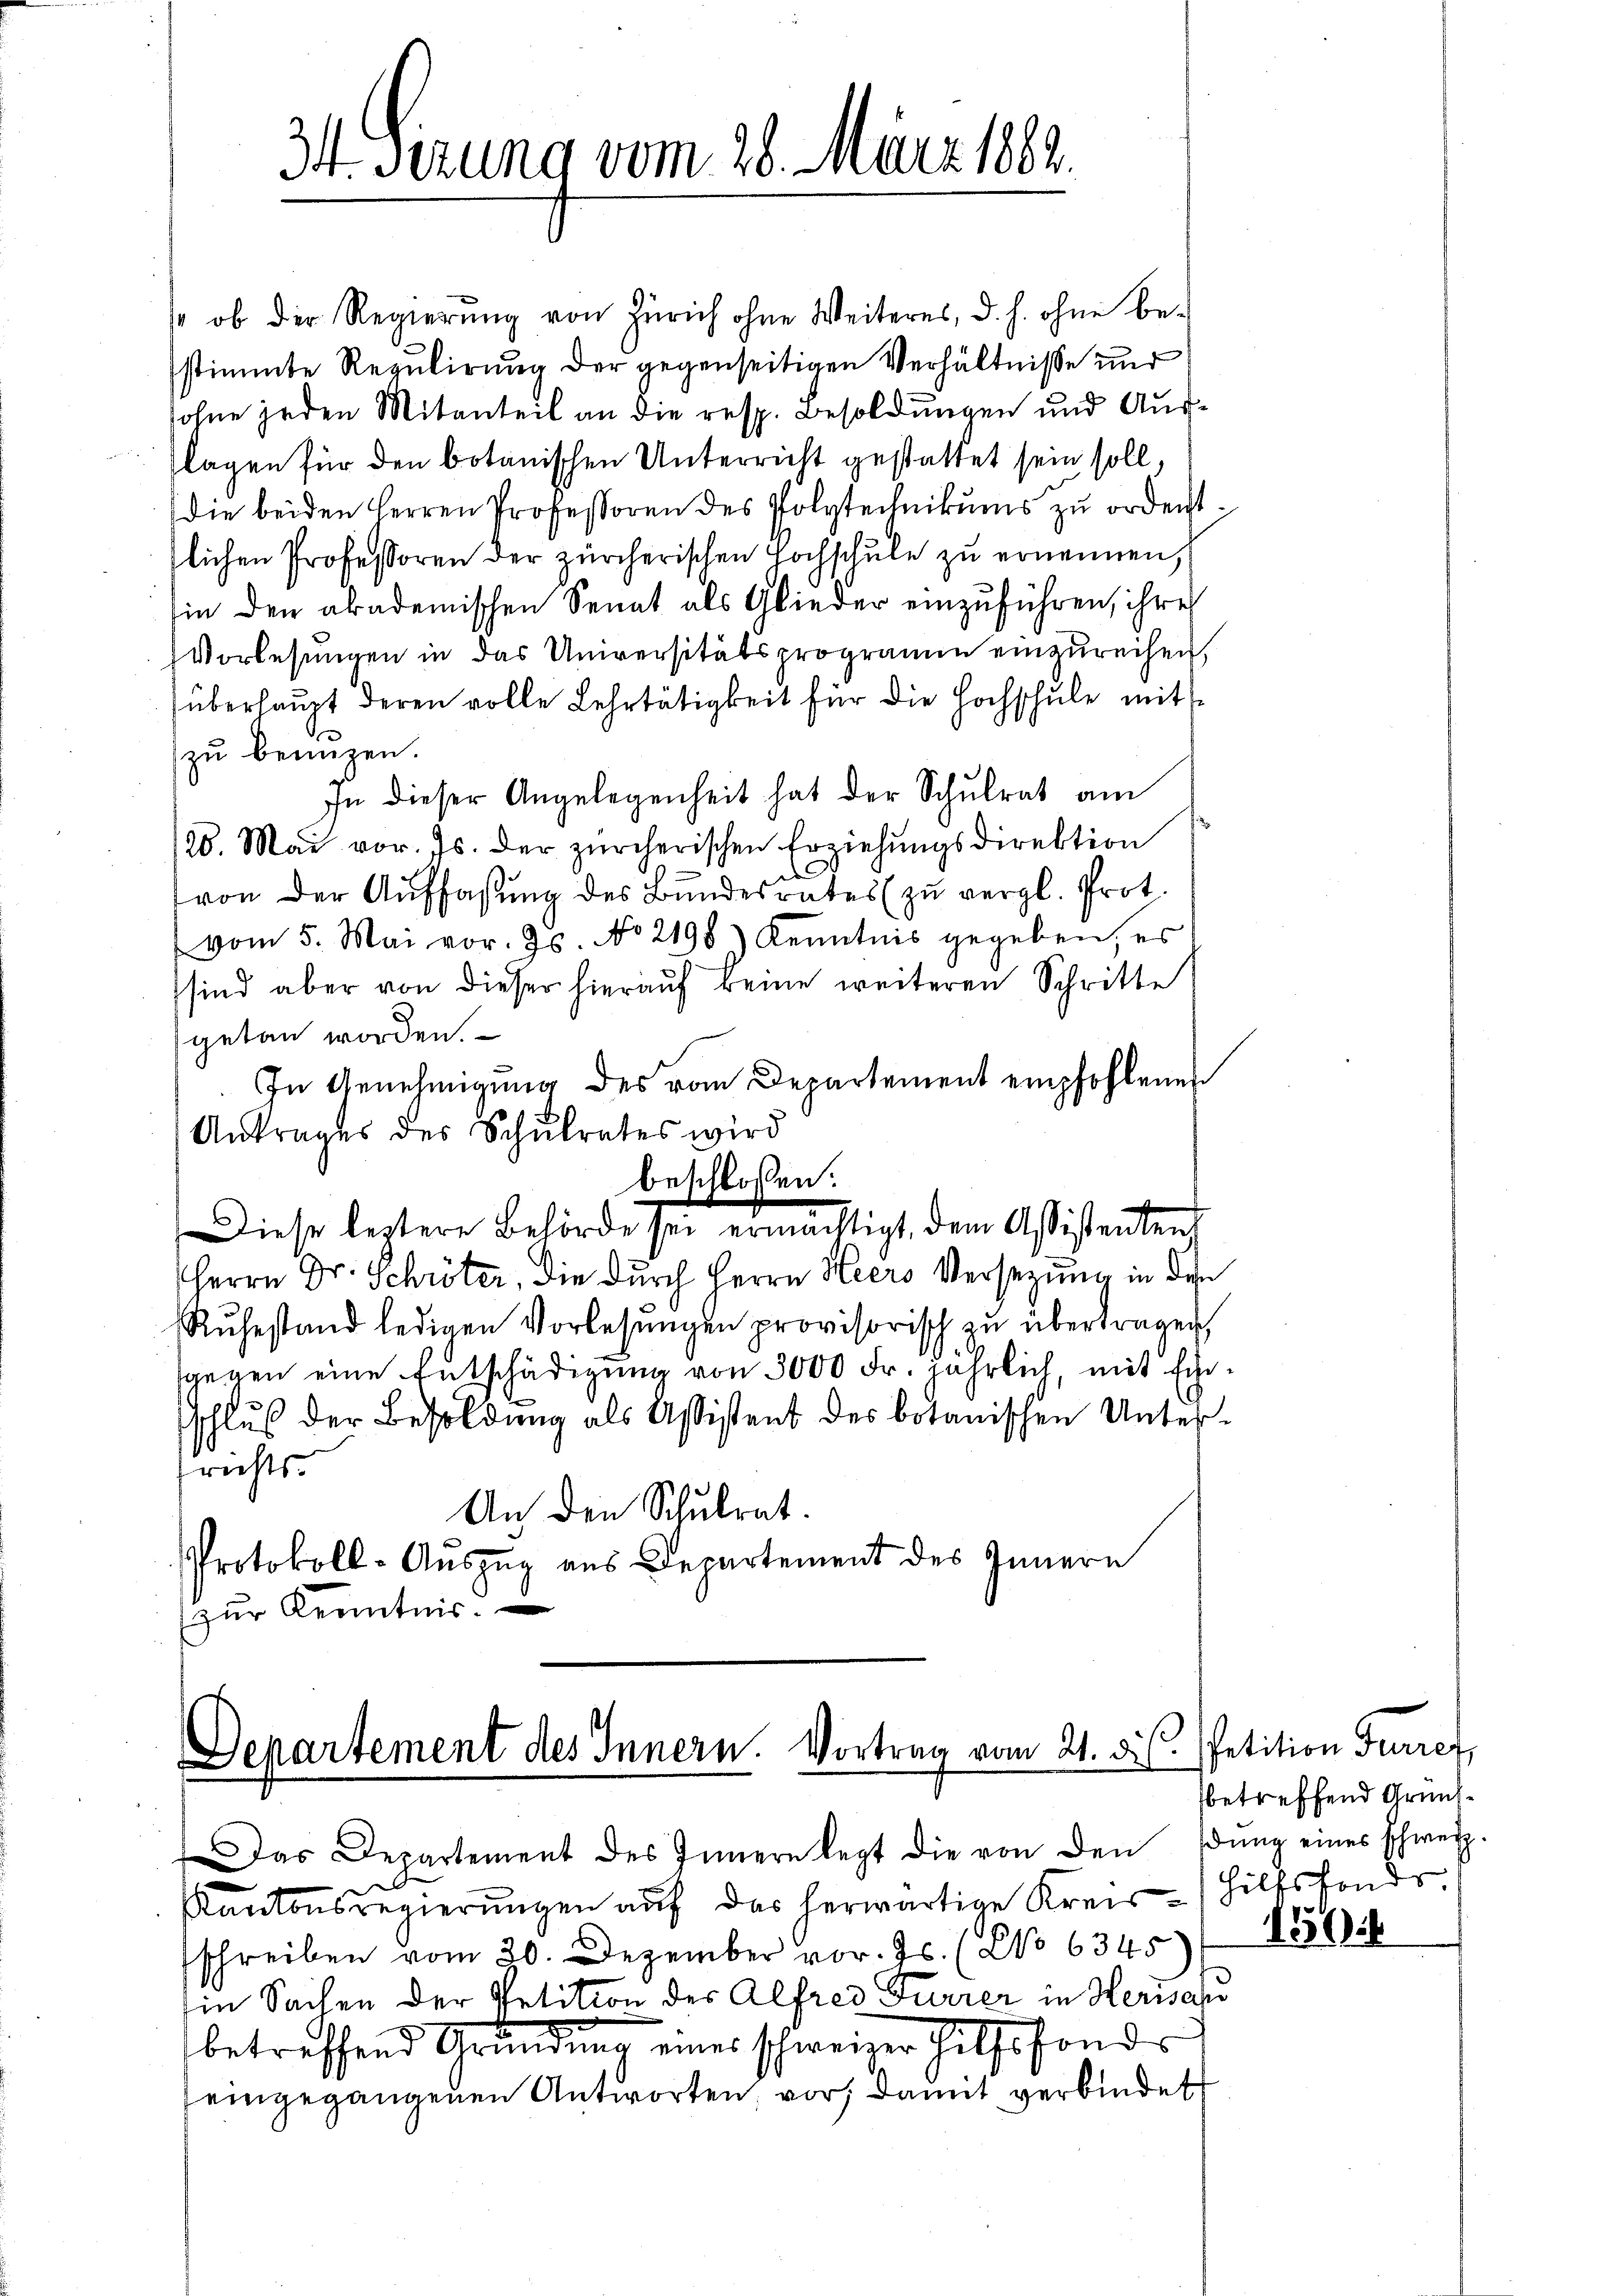
3t Serung vom 28. März 1882.

s ob der Regierŭng von Zürich ohne Weiteres, d. h. ohne be-
stimmte Regulirung der gegenseitigen Verhältnisse und
sohne jeden Mitanteil an die resp. Besoldungen und Auslagen für den botanischen Unterricht gestattet sein soll,
die beiden Herren Professoren des Polytechnikums zu ordent.
slichen Professoren der zürcherischen Hochschule zu ernennen,
in den akademischen Senat als Glieder einzuführen, ihre
Vorlesungen in das Universitätsprogramm einzureihen,
überhaupt deren volle Lehrtätigkeit für die Hochschule mit
zu benuzen.
In dieser Angelegenheit hat der Schulrat am
120. Mai vor. Js. der zürcherischen Erziehungsdirektion
von der Auffassung des Bundesrates zu vergl. Prot.
vom 5. Mai vor. Js. No 2198) Kenntnis gegeben, es
sind aber von dieser hierauf keine weiteren Schritte
getan worden.
In Genehmigŭng des vom Departement empfohlenen
Antrages des Schŭlrates wird
beschlossen:
Diese letztere Behörde sei ermächtigt, dem Assistentend
Herrn Dr. Schröter, die durch Herrn Heers Versezung in den
Rŭhestand ledigen Vorlesŭngen provisorisch zŭ übertragen,
sgegen eine Entschädigung von 3000 Fr. jährlich, mit Einschluß der Besoldung als Assistent des botanischen Unterfrichts-
An den Schulrat.
Protokoll-Auszug aus Departement des Innern
zŭr Kenntnis.

Departement des Innern. Vortrag vom 21. d. M. Petition Furref

Das Departement des Innern legt die von den Edŭng eines Schweiz.
Kantonsregierungen auf das herwärtige Kreis- Hilfsfonds

schreiben vom 30. Dezember vor. Js. (No 6345
in Sachen der Petition der Alfred Furrer in Herisch
betreffend Gründung eines schweizer hilfsfond
eingegangenen Antworten, vor, damit verbindet

betreffend Grund¬

1566